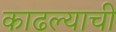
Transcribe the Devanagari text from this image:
काढल्याची